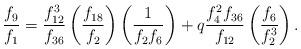
LaTeX: \begin{align*}\frac{f_9}{f_1}= \frac{f^{3}_{12}}{f_{36}}\left(\frac{f_{18}}{f_{2}} \right)\left(\frac{1}{f_{2}f_{6}} \right) +q\frac{f^{2}_4f_{36}}{f_{12}}\left(\frac{f_{6}}{f^{3}_{2}} \right).\end{align*}